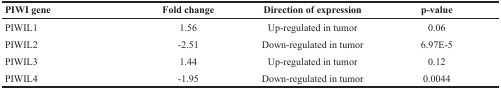
<table><thead><tr><td><b>PIWI gene</b></td><td><b>Fold change</b></td><td><b>Direction of expression</b></td><td><b>p-value</b></td></tr></thead><tbody><tr><td>PIWIL1</td><td>1.56</td><td>Up-regulated in tumor</td><td>0.06</td></tr><tr><td>PIWIL2</td><td>−2.51</td><td>Down-regulated in tumor</td><td>6.97E-5</td></tr><tr><td>PIWIL3</td><td>1.44</td><td>Up-regulated in tumor</td><td>0.12</td></tr><tr><td>PIWIL4</td><td>−1.95</td><td>Down-regulated in tumor</td><td>0.0044</td></tr></tbody></table>